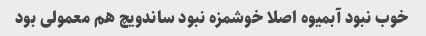
خوب نبود آبمیوه اصلا خوشمزه نبود ساندویچ هم معمولی بود